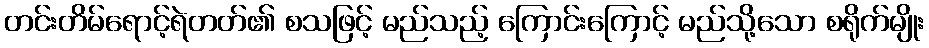
တင်းတိမ်ရောင့်ရဲတတ်၏ စသဖြင့် မည်သည့် ကြောင်းကြောင့် မည်သို့သော စရိုက်မျိုး